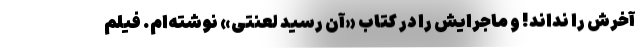
آخرش را نداند! و ماجرایش را در کتاب «آن رسید لعنتی» نوشته‌ام. فیلم